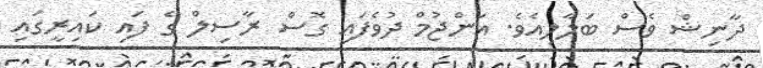
ދާނިޝް ވެސް ބަލާލިއެވެ. އަންޖުމް ދުވެފައި ގޮސް ރާސިލް ގެ ފައި ކައިރީގައި